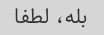
بله، لطفا